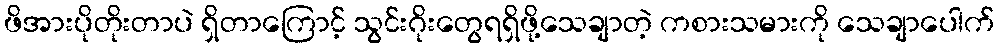
ဖိအားပိုတိုးတာပဲ ရှိတာကြောင့် သွင်းဂိုးတွေရရှိဖို့သေချာတဲ့ ကစားသမားကို သေချာပေါက်